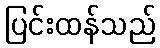
ပြင်းထန်သည်